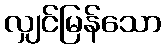
လျှင်မြန်သော